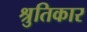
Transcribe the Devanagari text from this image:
श्रुतिकार